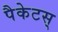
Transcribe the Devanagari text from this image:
पैकेटस्